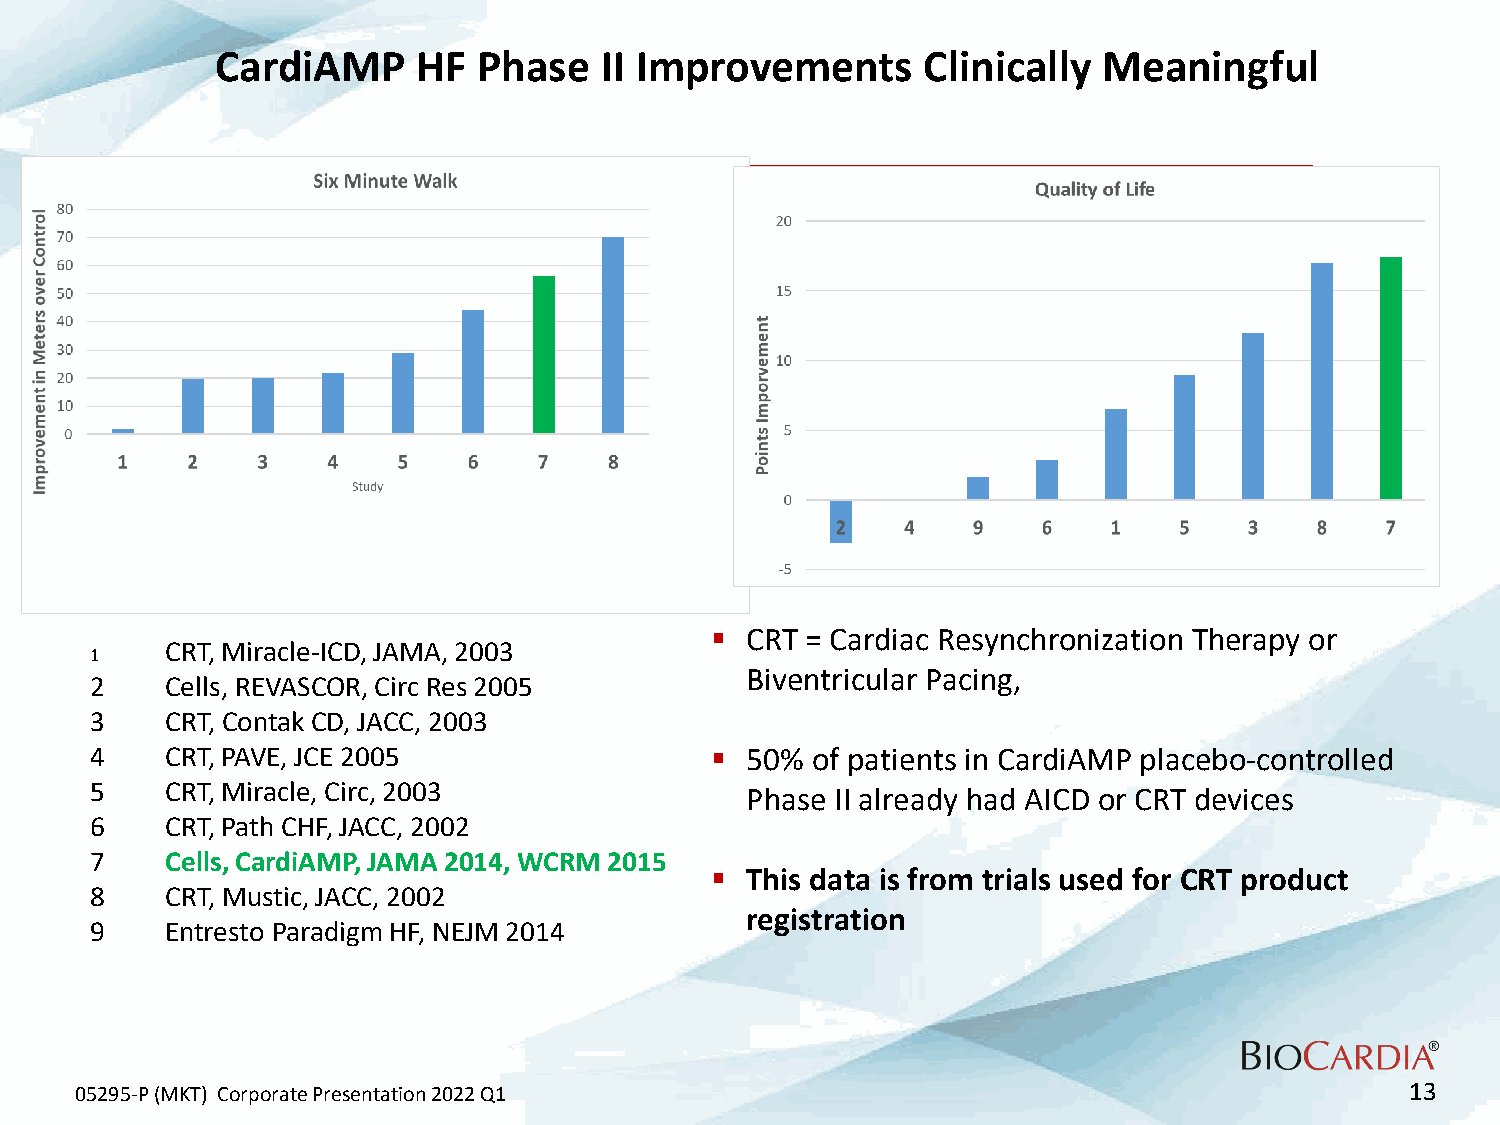
CardiAMP      HF  Phase   II Improvements      Clinically  Meaningful
  CRT = Cardiac Resynchronization Therapy or
 CRT, Miracle-ICD, JAMA, 2003
 1
 Biventricular Pacing,
 2    Cells, REVASCOR, Circ Res 2005
 3    CRT, Contak CD, JACC, 2003
 4    CRT, PAVE, JCE 2005                  50%  of patients in CardiAMP placebo-controlled
 5    CRT, Miracle, Circ, 2003
 Phase II already had AICD or CRT devices
 6    CRT, Path CHF, JACC, 2002
 7    Cells, CardiAMP, JAMA 2014, WCRM 2015
  This data is from trials used for CRT product
 8    CRT, Mustic, JACC, 2002
 registration
 9    Entresto Paradigm HF, NEJM 2014
 05295-P (MKT) Corporate Presentation 2022 Q1                                            13